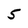
Character: 5